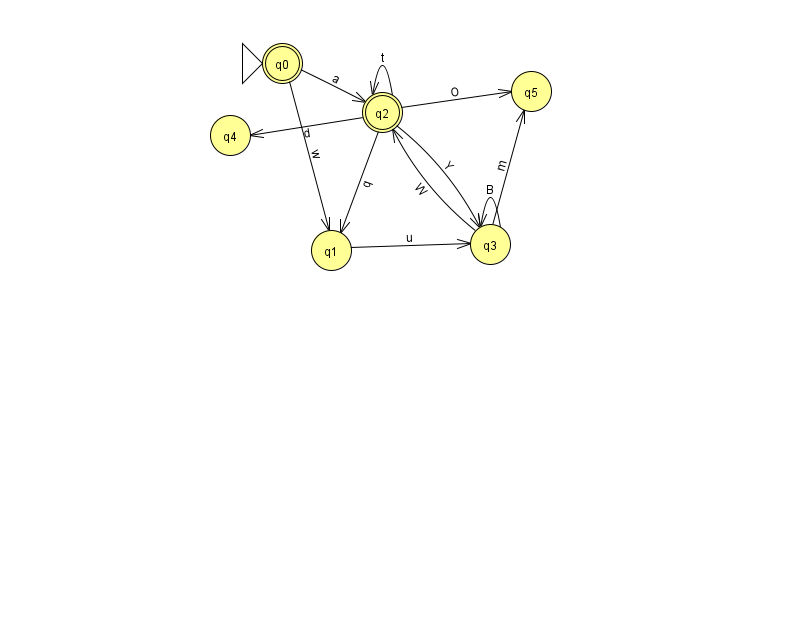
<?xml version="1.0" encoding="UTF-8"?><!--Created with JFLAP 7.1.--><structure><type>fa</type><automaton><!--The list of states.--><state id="0" name="q0"><x>282.0</x><y>50.0</y><initial/><final/></state><state id="1" name="q1"><x>331.0</x><y>237.0</y></state><state id="2" name="q2"><x>382.0</x><y>99.0</y><final/></state><state id="3" name="q3"><x>490.0</x><y>231.0</y></state><state id="4" name="q4"><x>230.0</x><y>122.0</y></state><state id="5" name="q5"><x>531.0</x><y>78.0</y></state><!--The list of transitions.--><transition><from>0</from><to>2</to><read>a</read></transition><transition><from>2</from><to>4</to><read>d</read></transition><transition><from>3</from><to>2</to><read>W</read></transition><transition><from>3</from><to>3</to><read>B</read></transition><transition><from>0</from><to>1</to><read>w</read></transition><transition><from>2</from><to>1</to><read>q</read></transition><transition><from>2</from><to>2</to><read>t</read></transition><transition><from>1</from><to>3</to><read>u</read></transition><transition><from>2</from><to>5</to><read>O</read></transition><transition><from>3</from><to>5</to><read>m</read></transition><transition><from>2</from><to>3</to><read>Y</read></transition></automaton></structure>